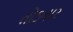
તોડનાર